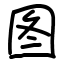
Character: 图